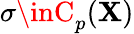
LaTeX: \sigma\inC_{p}(\mathbf{X})